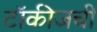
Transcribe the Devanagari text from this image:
टॉकीजची